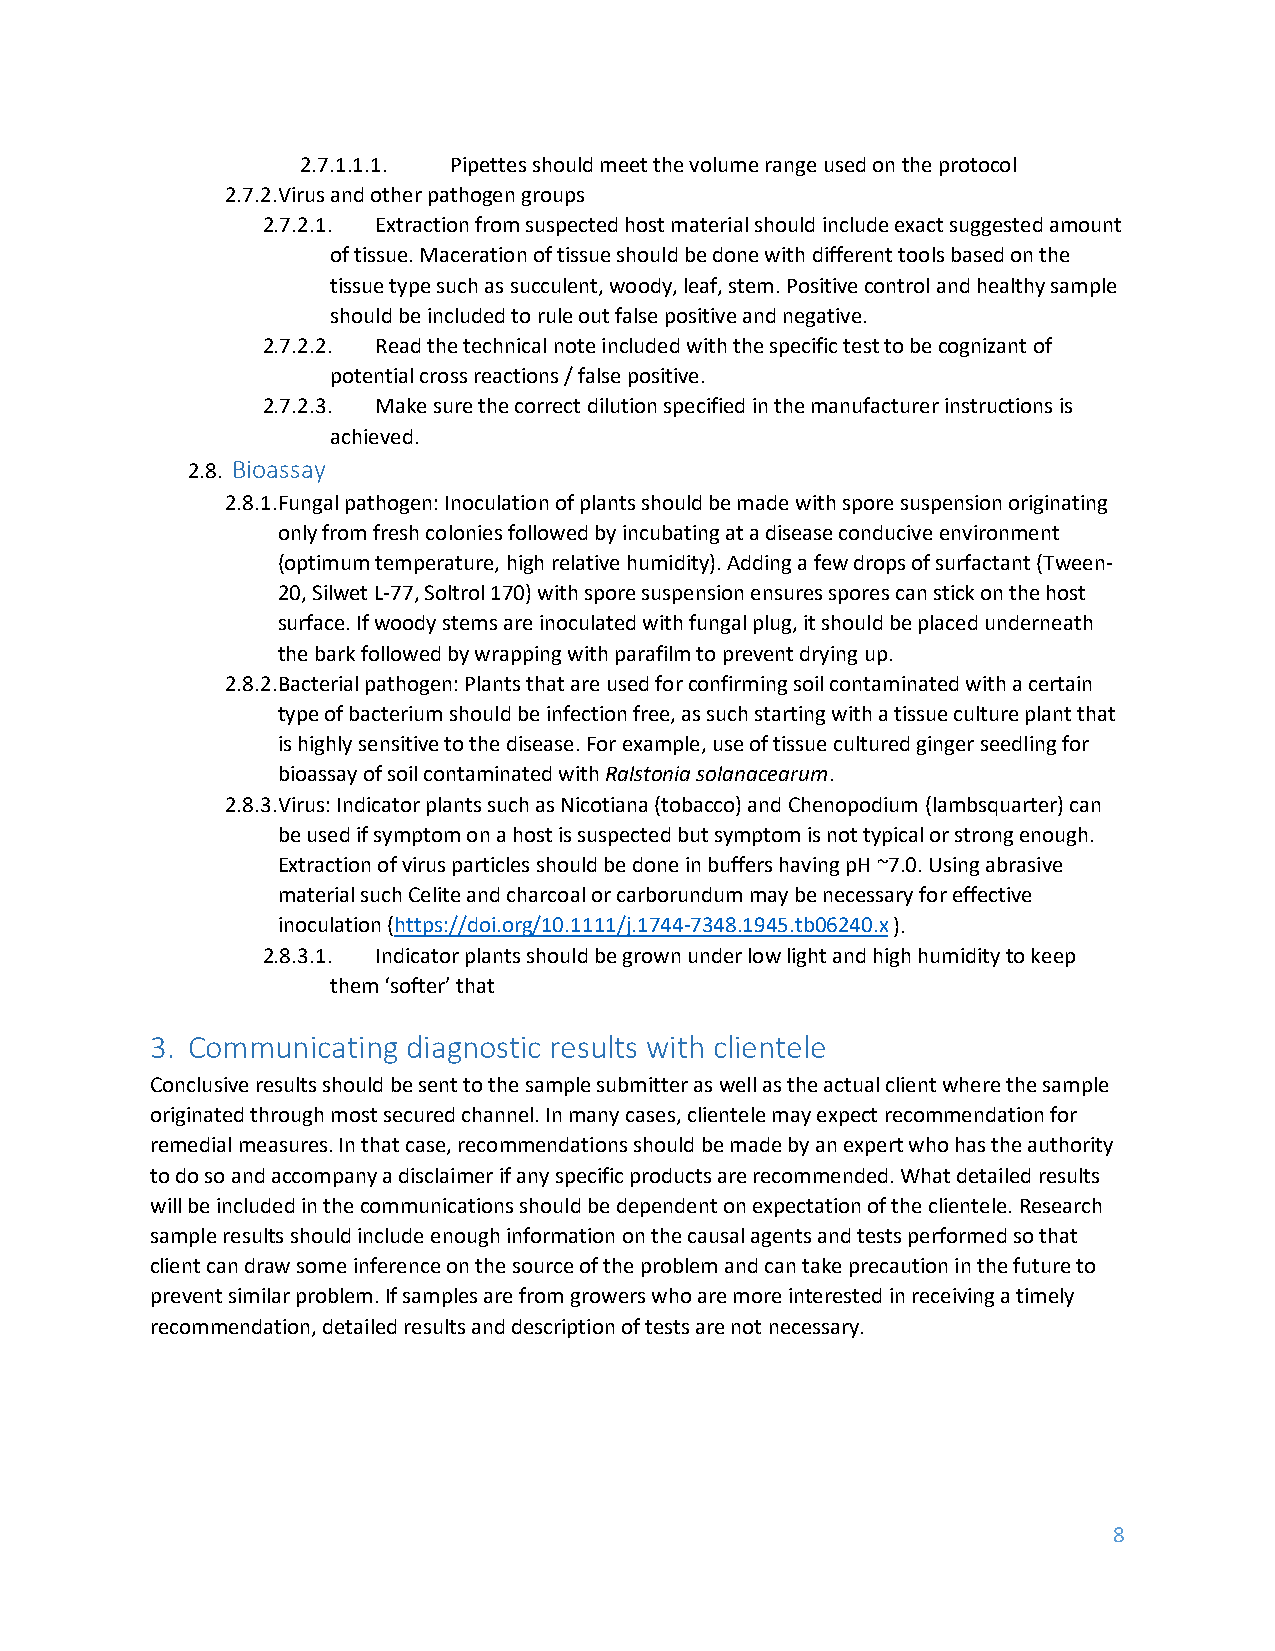
2.7.1.1.1. Pipettes should meet the volume range used on the protocol
 2.7.2. Virus and other pathogen groups
 2.7.2.1. Extraction from suspected host material should include exact suggested amount
 of tissue. Maceration of tissue should be done with different tools based on the
 tissue type such as succulent, woody, leaf, stem. Positive control and healthy sample
 should be included to rule out false positive and negative.
 2.7.2.2. Read the technical note included with the specific test to be cognizant of
 potential cross reactions / false positive.
 2.7.2.3. Make sure the correct dilution specified in the manufacturer instructions is
 achieved.
 2.8. Bioassay
 2.8.1. Fungal pathogen: Inoculation of plants should be made with spore suspension originating
 only from fresh colonies followed by incubating at a disease conducive environment
 (optimum temperature, high relative humidity). Adding a few drops of surfactant (Tween-
 20, Silwet L-77, Soltrol 170) with spore suspension ensures spores can stick on the host
 surface. If woody stems are inoculated with fungal plug, it should be placed underneath
 the bark followed by wrapping with parafilm to prevent drying up.
 2.8.2. Bacterial pathogen: Plants that are used for confirming soil contaminated with a certain
 type of bacterium should be infection free, as such starting with a tissue culture plant that
 is highly sensitive to the disease. For example, use of tissue cultured ginger seedling for
 bioassay of soil contaminated with Ralstonia solanacearum.
 2.8.3. Virus: Indicator plants such as Nicotiana (tobacco) and Chenopodium (lambsquarter) can
 be used if symptom on a host is suspected but symptom is not typical or strong enough.
 Extraction of virus particles should be done in buffers having pH ~7.0. Using abrasive
 material such Celite and charcoal or carborundum may be necessary for effective
 inoculation (https://doi.org/10.1111/j.1744-7348.1945.tb06240.x ).
 2.8.3.1. Indicator plants should be grown under low light and high humidity to keep
 them ‘softer’ that
 3. Communicating diagnostic results with clientele
 Conclusive results should be sent to the sample submitter as well as the actual client where the sample
 originated through most secured channel. In many cases, clientele may expect recommendation for
 remedial measures. In that case, recommendations should be made by an expert who has the authority
 to do so and accompany a disclaimer if any specific products are recommended. What detailed results
 will be included in the communications should be dependent on expectation of the clientele. Research
 sample results should include enough information on the causal agents and tests performed so that
 client can draw some inference on the source of the problem and can take precaution in the future to
 prevent similar problem. If samples are from growers who are more interested in receiving a timely
 recommendation, detailed results and description of tests are not necessary.
 8